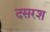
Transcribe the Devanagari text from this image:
दसरश